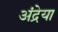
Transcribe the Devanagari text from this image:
अंद्रेया